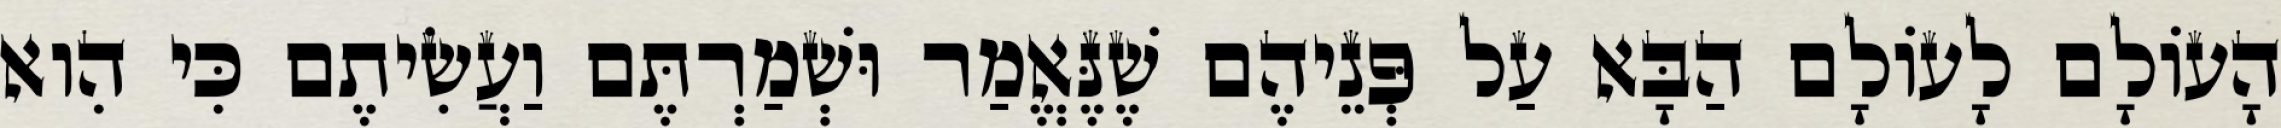
הָעוֹלָם לָעוֹלָם הַבָּא עַל פְּנֵיהֶם שֶׁנֶּאֱמַר וּשְׁמַרְתֶּם וַעֲשִׂיתֶם כִּי הִוא